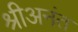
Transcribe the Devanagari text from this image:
श्रीअनंत